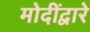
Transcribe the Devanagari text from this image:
मोदींद्वारे